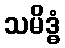
သမိဒ္ဓံ